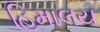
હિમાલય